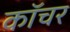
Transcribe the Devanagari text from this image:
कॉचर